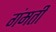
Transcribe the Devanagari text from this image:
गंमती